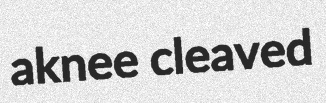
aknee cleaved